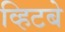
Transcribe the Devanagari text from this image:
व्हिटबे